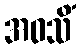
အဝသိံ